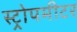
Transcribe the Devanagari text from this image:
स्ट्रोपमीटर